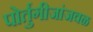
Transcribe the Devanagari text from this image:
पोर्तुगीजांजवळ